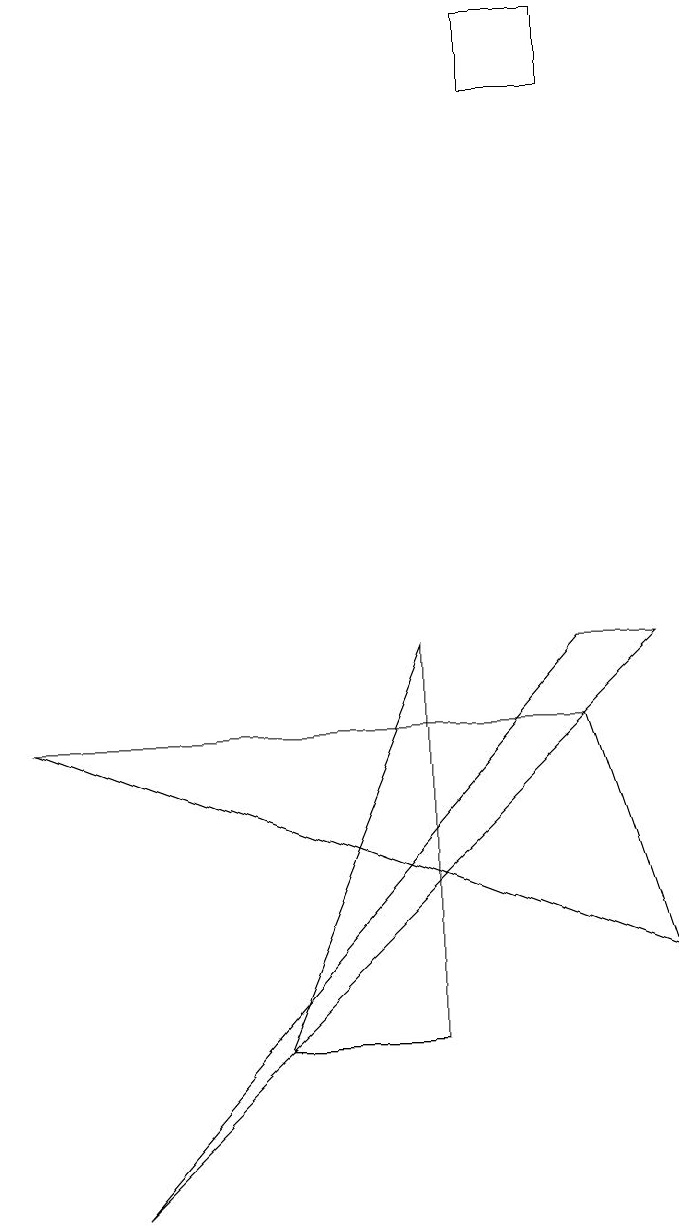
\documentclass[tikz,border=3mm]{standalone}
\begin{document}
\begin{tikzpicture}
\draw (7,14) rectangle (6,15);
\draw (5,7) -- (5,2) -- (3,2) -- cycle;
\draw (7,6) -- (8,3) -- (0,6) -- cycle;
\draw (1,0) -- (7,7) -- (8,7) -- cycle;
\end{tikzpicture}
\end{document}